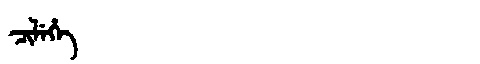
Manchu: ᠴᡳᠯᡝᡥᡝ
Romanization: CILEHE